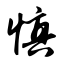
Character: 慎